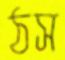
ঠস